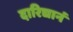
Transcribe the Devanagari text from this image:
दारिद्यानं